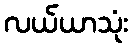
လယ်ယာသုံး